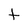
Character: t